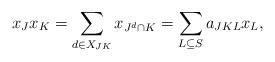
LaTeX: \begin{align*} x_J x_K = \sum_{d \in X_{JK}} x_{J^d \cap K} = \sum_{L \subseteq S} a_{JKL} x_L\text,\end{align*}